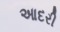
આદરી